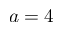
a = 4